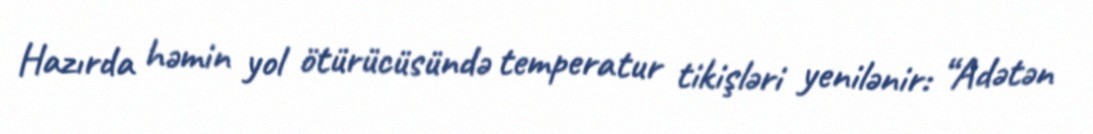
Hazırda həmin yol ötürücüsündə temperatur tikişləri yenilənir: “Adətən